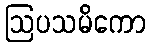
ဩပသမိကော